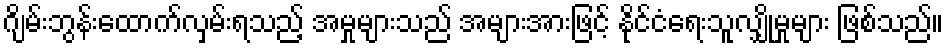
ဂျိမ်းဘွန်းထောက်လှမ်းရသည့် အမှုများသည် အများအားဖြင့် နိုင်ငံရေးသူလျှိုမှုများ ဖြစ်သည်။